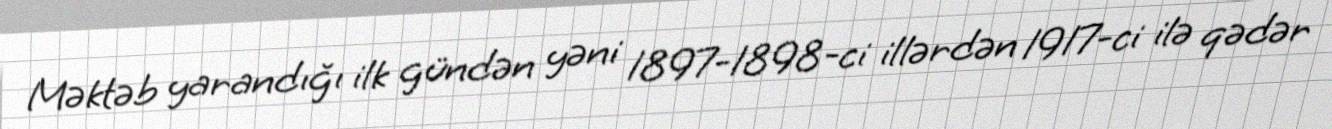
Məktəb yarandığı ilk gündən yəni 1897-1898-ci illərdən 1917-ci ilə qədər